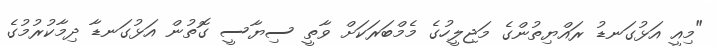
"މިއީ އަޅުގަނޑު ރައްޔިތުންގެ މަޖިލީހުގެ މެމްބަރަކަށް ވާތީ ސިޔާސީ ގޮތުން އަޅުގަނޑާ ދިމާކުރުމުގެ